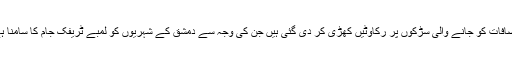
مضافات کو جانے والی سڑکوں پر رکاوٹیں کھڑی کر دی گئی ہیں جن کی وجہ سے دمشق کے شہریوں کو لمبے ٹریفک جام کا سامنا ہے۔